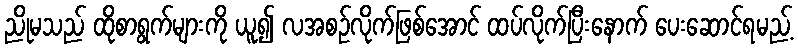
ညိုမသည် ထိုစာရွက်များကို ယူ၍ လအစဉ်လိုက်ဖြစ်အောင် ထပ်လိုက်ပြီးနောက် ပေးဆောင်ရမည့်